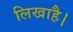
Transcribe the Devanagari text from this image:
लिखाहै।